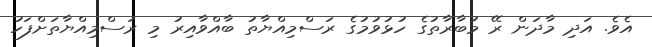
އެވެ. އަދި މާދަން ރޭ މުބާރާތުގެ ހުޅުވުމުގެ ރަސްމިއްޔާތު ބާއްވާއިރު މި ރަސްމިއްޔާތަށްފަހު